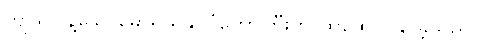
ကျယ်ပြန့်သောမောရိယနိုင်ငံတော်ကြီးကို ထူထောင်နိုင်ခဲ့သည်။